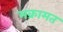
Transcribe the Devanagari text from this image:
मक्रामत